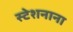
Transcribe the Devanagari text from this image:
स्टेशनाना